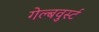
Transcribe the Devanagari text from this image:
गेल्बवुर्स्ट